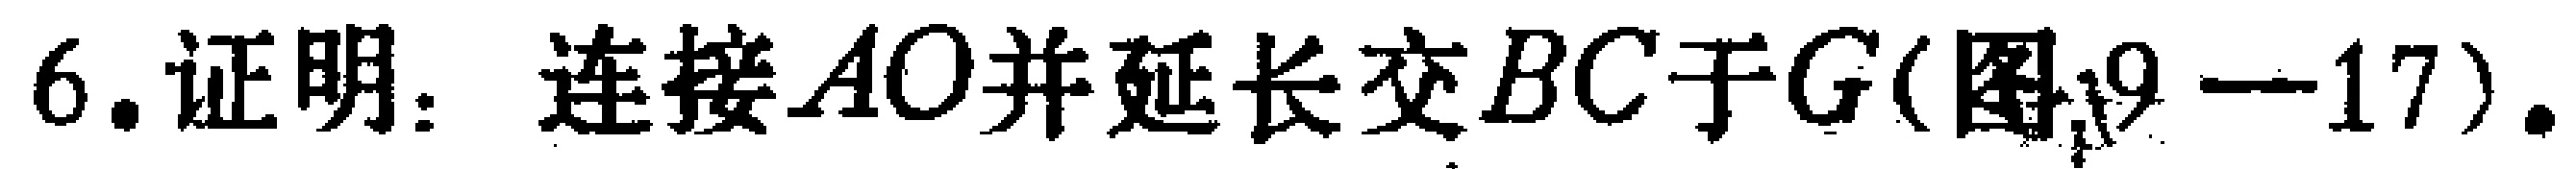
6. 证明：连接 \(AO\) 并延长交 \(BC\) 于 \(G\)（图19 - 17）.